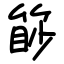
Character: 篎